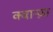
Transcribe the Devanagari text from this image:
क्वान्ज़ा